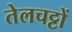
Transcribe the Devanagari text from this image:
तेलचट्टों